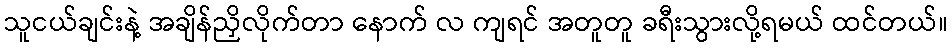
သူငယ်ချင်းနဲ့ အချိန်ညှိလိုက်တာ နောက် လ ကျရင် အတူတူ ခရီးသွားလို့ရမယ် ထင်တယ်။